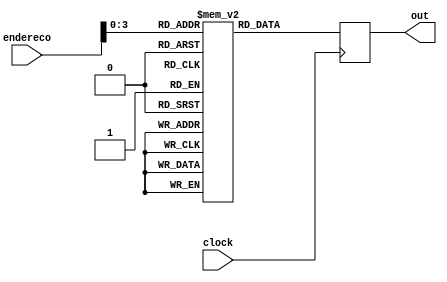
module bancoInstrucoes (
  input wire clock,
  input wire [7:0] endereco,
  output wire [7:0] out
);
 
  reg [7:0] memoriaInstrucoes [10:0];
  reg[7:0] memoriaPC;

  always @(posedge clock)
    begin
        memoriaPC = memoriaInstrucoes[endereco];
    end
  assign out = memoriaPC;
 
  /*reg [7:0] memoriaInstrucoes;

  initial begin
    memoriaInstrucoes[0] = 8'b00010001;
    memoriaInstrucoes[1] = 8'b00010001;
    memoriaInstrucoes[2] = 8'b01110010;
    memoriaInstrucoes[3] = 8'b00010001;
    memoriaInstrucoes[4] = 8'b00101101;
    memoriaInstrucoes[5] = 8'b01010010;
    memoriaInstrucoes[6] = 8'b10010000;
    memoriaInstrucoes[7] = 8'b01110010;
    memoriaInstrucoes[8] = 8'b10100001;
    memoriaInstrucoes[9] = 8'b11000011;
    memoriaInstrucoes[10] = 8'b11100000;
  end

  assign out = memoriaInstrucoes[endereco];*/

endmodule